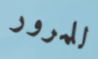
للمرور